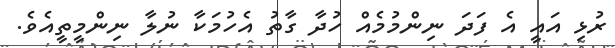
ރުޅި އައީ އެ ފަދަ ނިންމުމެއް ހުދާ ގާތު އެހުމަކާ ނުލާ ނިންމީތީއެވެ.